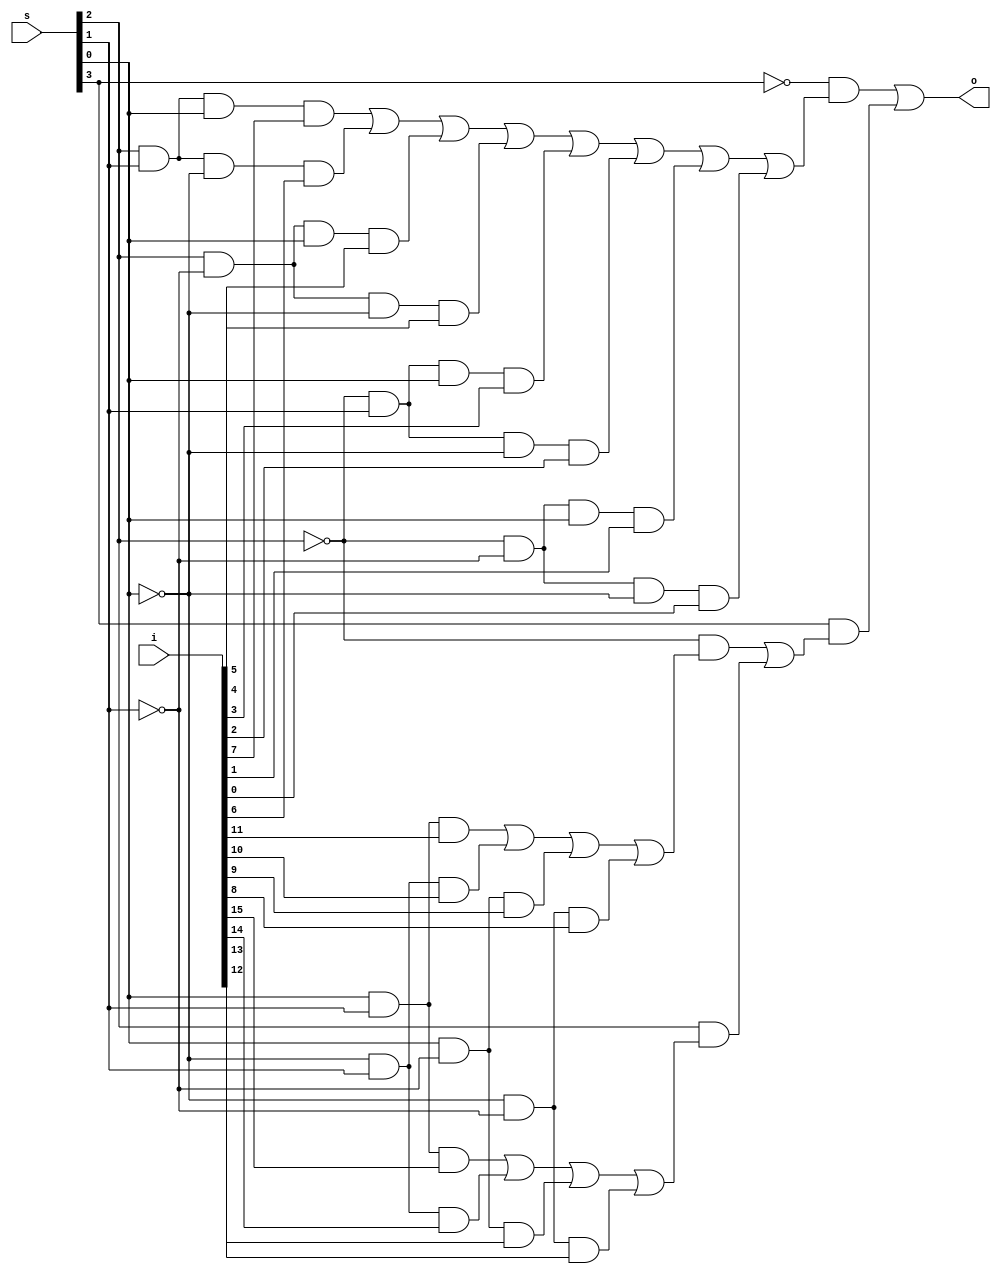
`timescale 1ns / 1ps
//////////////////////////////////////////////////////////////////////////////////
// Company: 
// Engineer: 
// 
// Design Name: 
// Module Name:    mux_161_dataflow 
// Project Name: 
// Target Devices: 
// Tool versions: 
// Description: 
//
// Dependencies: 
//
// Revision: 
// Revision 0.01 - File Created
// Additional Comments: 
//
//////////////////////////////////////////////////////////////////////////////////
module mux_161_dataflow(o, i, s);
	input [15:0]i;
	input [3:0]s;
	output o;
	
	wire w1, w2, w3, w4;
	
	assign w1 = s[2]&s[1]&s[0]&i[7] | s[2]&s[1]&~s[0]&i[6] | s[2]&~s[1]&s[0]&i[5] | s[2]&~s[1]&~s[0]&i[4] | ~s[2]&s[1]&s[0]&i[3] | ~s[2]&s[1]&~s[0]&i[2] | ~s[2]&~s[1]&s[0]&i[1] | ~s[2]&~s[1]&~s[0]&i[0] ;
	assign w2 = s[0]&s[1]&i[11] | ~s[0]&s[1]&i[10] | s[0]&~s[1]&i[9] | ~s[0]&~s[1]&i[8];
	assign w3 = s[0]&s[1]&i[15] | ~s[0]&s[1]&i[14] | s[0]&~s[1]&i[13] | ~s[0]&~s[1]&i[12];
	assign w4 = ~s[2]&w2 | s[2]&w3;
	assign o = ~s[3]&w1 | s[3]&w4;

endmodule